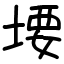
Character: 㙘